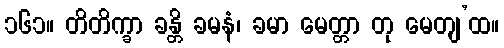
၁၆၁။ တိတိက္ခာ ခန္တိ ခမနံ၊ ခမာ မေတ္တာ တု မေတျ’ထ။